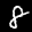
Label: 8